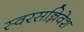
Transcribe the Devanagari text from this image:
स्वरसन्निवेश